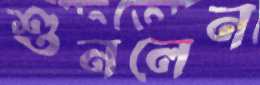
শুনলেন